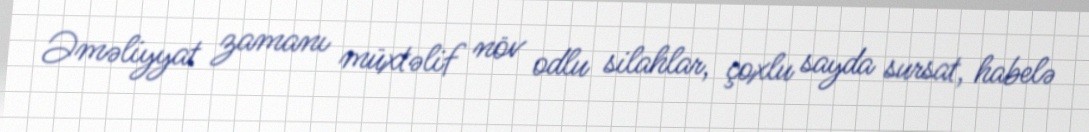
Əməliyyat zamanı müxtəlif növ odlu silahlar, çoxlu sayda sursat, habelə